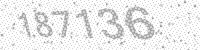
Solution: 187136